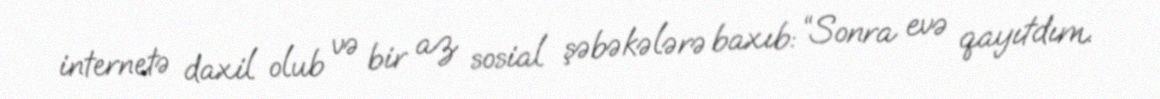
internetə daxil olub və bir az sosial şəbəkələrə baxıb: “Sonra evə qayıtdım.